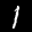
Label: 1